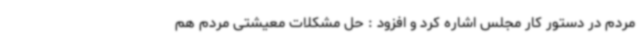
مردم در دستور کار مجلس اشاره کرد و افزود : حل مشکلات معیشتی مردم هم